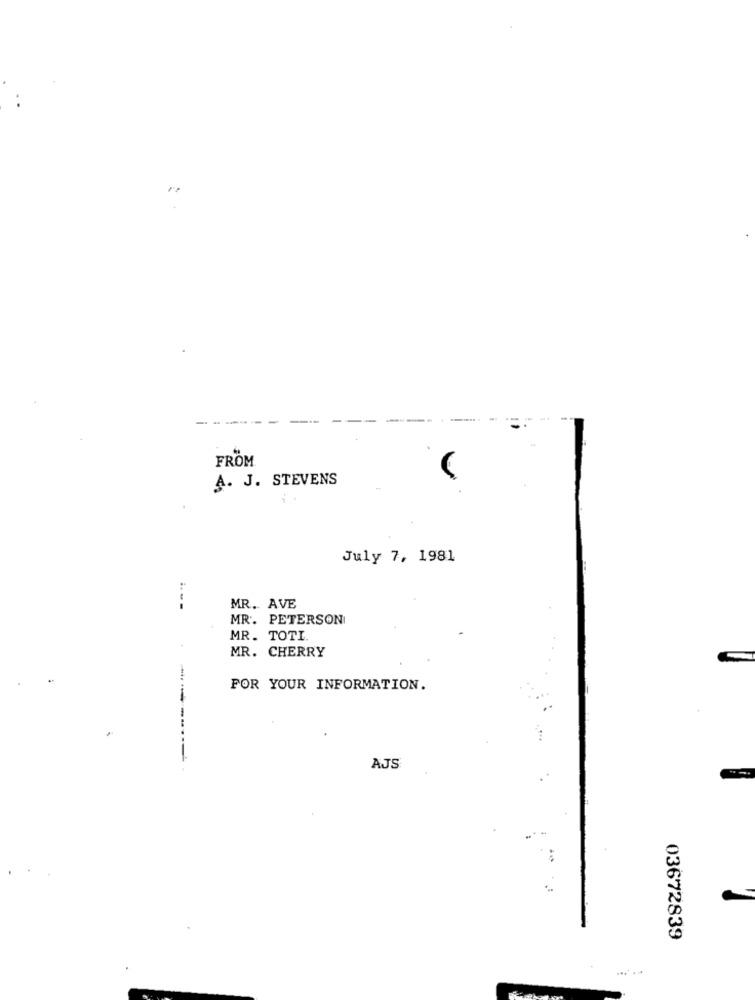
FROM
A. J. STEVENS
July 7, 1981
MR. AVE
MR. PETERSON
MR. TOTI
MR. CHERRY
FOR YOUR INFORMATION.
---------
AJS
03672839